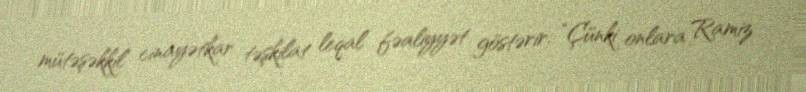
mütəşəkkil cinayətkar təşkilat leqal fəaliyyət göstərir: “Çünki onlara Ramiz